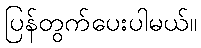
ပြန်တွက်ပေးပါမယ်။